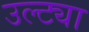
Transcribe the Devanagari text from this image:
उल्ट्या